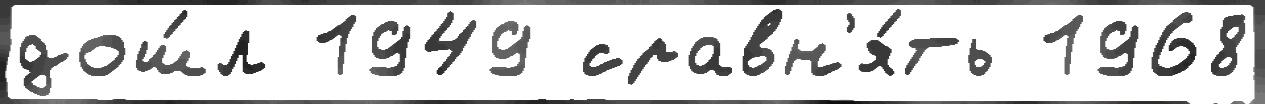
дош́л 1949 сравн'я́ть 1968